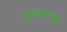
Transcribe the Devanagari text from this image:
पुंकेसरांची